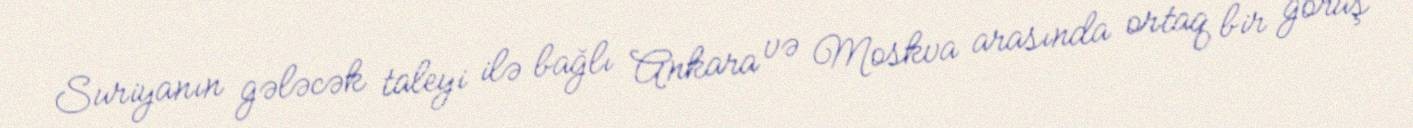
Suriyanın gələcək taleyi ilə bağlı Ankara və Moskva arasında ortaq bir görüş